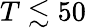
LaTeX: T\lesssim 50